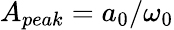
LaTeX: A_{peak}=a_{0}/\omega_{0}